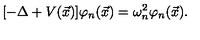
[ - \Delta + V ( \vec { x } ) ] \varphi _ { n } ( \vec { x } ) = \omega _ { n } ^ { 2 } \varphi _ { n } ( \vec { x } ) .